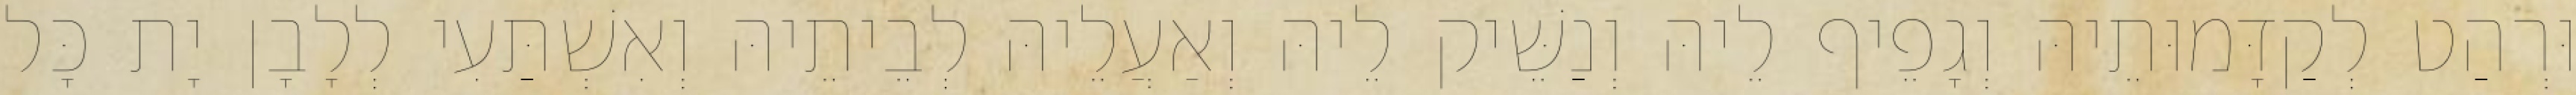
וּרְהַט לְקַדָּמוּתֵיהּ וְגָפֵיף לֵיהּ וְנַשֵּׁיק לֵיהּ וְאַעֲלֵיהּ לְבֵיתֵיהּ וְאִשְׁתַּעִי לְלָבָן יָת כָּל